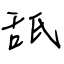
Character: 舐